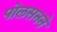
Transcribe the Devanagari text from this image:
पोलसनने